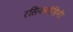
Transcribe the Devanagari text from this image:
रसिकमोहिनी